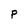
Character: P